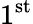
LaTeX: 1^{\mathrm{st}}